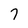
Character: 7